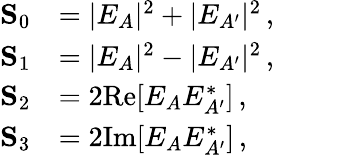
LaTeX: \begin{array}{rl}{\mathbf{S}_{0}}&{=|E_{A}|^{2}+|E_{A^{\prime}}|^{2}\, ,\phantom{ZZZZ}}\\ {\mathbf{S}_{1}}&{=|E_{A}|^{2}-|E_{A^{\prime}}|^{2}\, ,}\\ {\mathbf{S}_{2}}&{=2\mathrm{Re}[E_{A}E_{A^{\prime}}^{\ast}]\, ,}\\ {\mathbf{S}_{3}}&{=2\mathrm{Im}[E_{A}E_{A^{\prime}}^{\ast}]\, ,}\end{array}